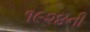
૧૯૨૪ની